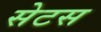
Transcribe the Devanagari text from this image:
सेटस